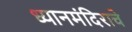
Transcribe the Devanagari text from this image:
ध्यानमंदिराचे